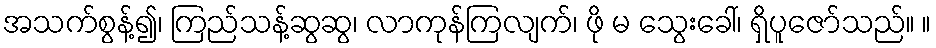
အသက်စွန့်၍၊ ကြည်သန့်ဆွဆွ၊ လာကုန်ကြလျက်၊ ဖို မ သွေးခေါ်၊ ရှိပူဇော်သည်။ ။